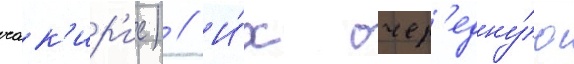
чак'ир'ис) // И́х очер'едну́ю